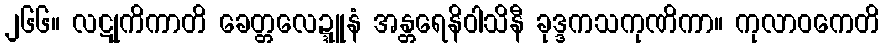
၂၆၆။ လဋုကိကာတိ ခေတ္တလေဍ္ဍူနံ အန္တရေနိဝါသိနီ ခုဒ္ဒကသကုဏိကာ။ ကုလာဝကေတိ